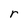
Character: r